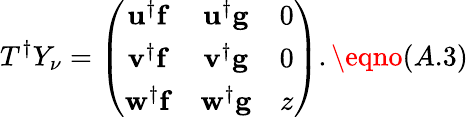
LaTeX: T^{\dagger}Y_{\nu}=\left(\begin{array}{ccc}{{{\mathbf u}^{\dagger}{\mathbf f}}}&{{{\mathbf u}^{\dagger}{\mathbf g}}}&{{0}}\\ {{{\mathbf v}^{\dagger}{\mathbf f}}}&{{{\mathbf v}^{\dagger}{\mathbf g}}}&{{0}}\\ {{{\mathbf w}^{\dagger}{\mathbf f}}}&{{{\mathbf w}^{\dagger}{\mathbf g}}}&{{z}}\end{array}\right).\eqno(A.3)